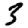
Digit: 3